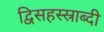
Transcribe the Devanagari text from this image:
द्विसहस्स्राब्दी